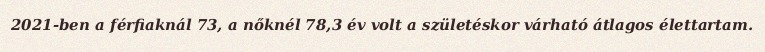
2021-ben a férfiaknál 73, a nőknél 78,3 év volt a születéskor várható átlagos élettartam.